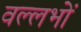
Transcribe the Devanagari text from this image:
वल्लभों